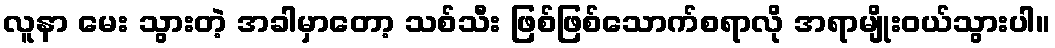
လူနာ မေး သွားတဲ့ အခါမှာတော့ သစ်သီး ဖြစ်ဖြစ်သောက်စရာလို အရာမျိုးဝယ်သွားပါ။